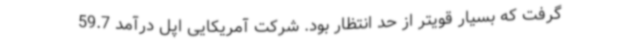
گرفت که بسیار قویتر از حد انتظار بود. شرکت آمریکایی اپل درآمد 59.7